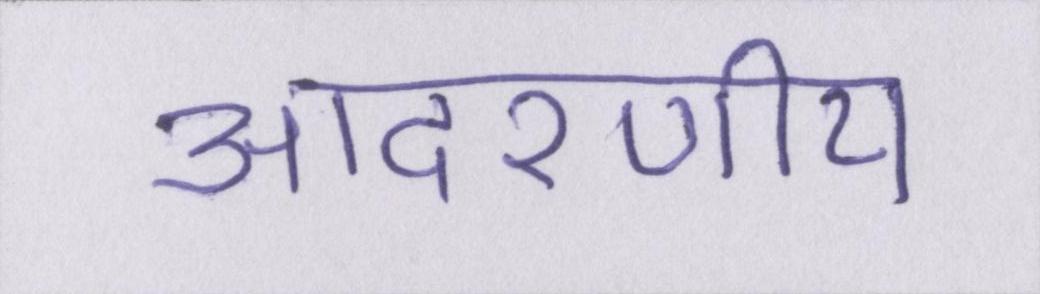
आदरणीय